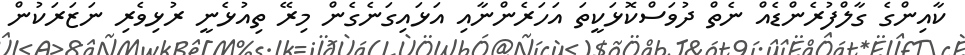
ކާއިންގެ ގާލްފުރެންޑެއް ނެތް ދުވަސްކޮޅަކީތަ އަހަރެންނާއި އަޅައިގަނެގެން މިރޭ ތިއުޅެނީ ރުޅިވެރި ނަޒަރަކުން